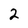
Character: 2